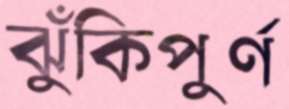
ঝুঁকিপুর্ণ